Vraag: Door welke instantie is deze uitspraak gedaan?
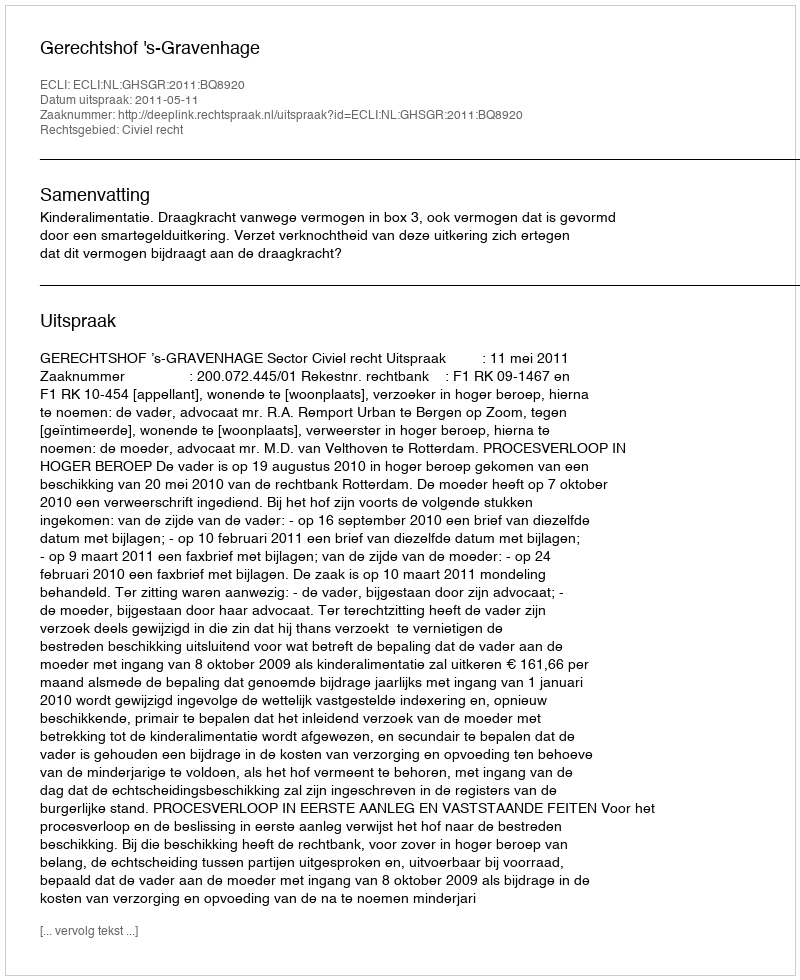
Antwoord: Gerechtshof 's-Gravenhage